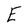
Character: E